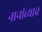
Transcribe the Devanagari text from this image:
नानांच्याच